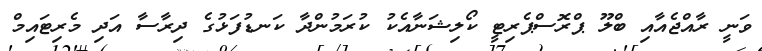
ވަނީ ރާއްޖެއާއި ބްލޫ ޕްރޮސްޕެެރިޓީ ކޯލިޝަނާއެކު ކުރަމުންދާ ކަނޑުފަޅުގެ ދިރާސާ އަދި މެރިޓައިމް